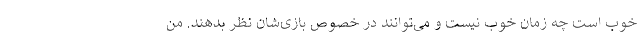
خوب است چه زمان خوب نیست و می‌توانند در خصوص بازی‌شان نظر بدهند. من